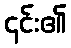
၄င်း၏